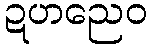
ဍဟညေဝ